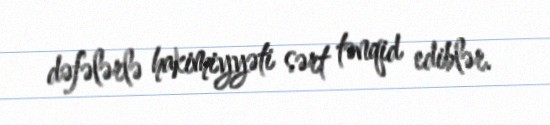
dəfələrlə hakimiyyəti sərt tənqid ediblər.